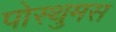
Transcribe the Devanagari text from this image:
पोस्थुमस